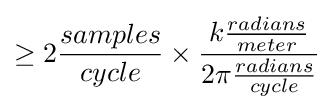
\geq 2{\frac {samples}{cycle}}\times {\frac {k{\frac {radians}{meter}}}{2\pi {\frac {radians}{cycle}}}}